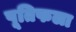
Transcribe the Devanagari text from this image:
पूतिफला